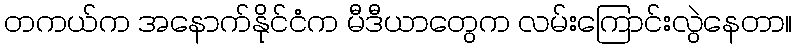
တကယ်က အနောက်နိုင်ငံက မီဒီယာတွေက လမ်းကြောင်းလွဲနေတာ။